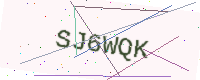
Text: SJ6WQK